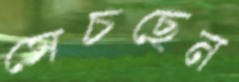
সেচছেন